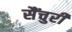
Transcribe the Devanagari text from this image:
सैंचुरी